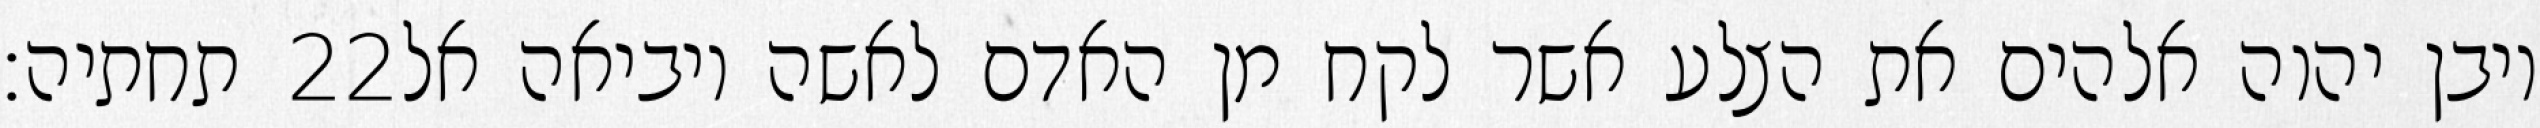
תחתיה׃ ‎22‏ ויבן יהוה אלהים את הצלע אשר לקח מן האדם לאשה ויביאה אל